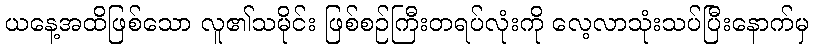
ယနေ့အထိဖြစ်သော လူ၏သမိုင်း ဖြစ်စဉ်ကြီးတရပ်လုံးကို လေ့လာသုံးသပ်ပြီးနောက်မှ